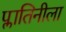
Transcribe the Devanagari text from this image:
प्लातिनीला